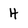
Character: H